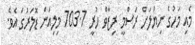
މެއި މަހުގެ ނިޔަލަށް ރަސްމީ ރިޒާވް ހުރީ 703.7 މިލިއަން ޑޮލަރުގަ އެވެ.